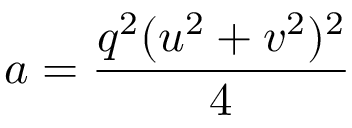
a = { \frac { q ^ { 2 } ( u ^ { 2 } + v ^ { 2 } ) ^ { 2 } } { 4 } }